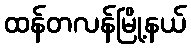
ထန်တလန်မြို့နယ်